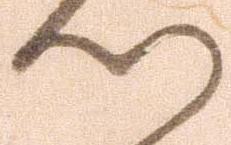
つ